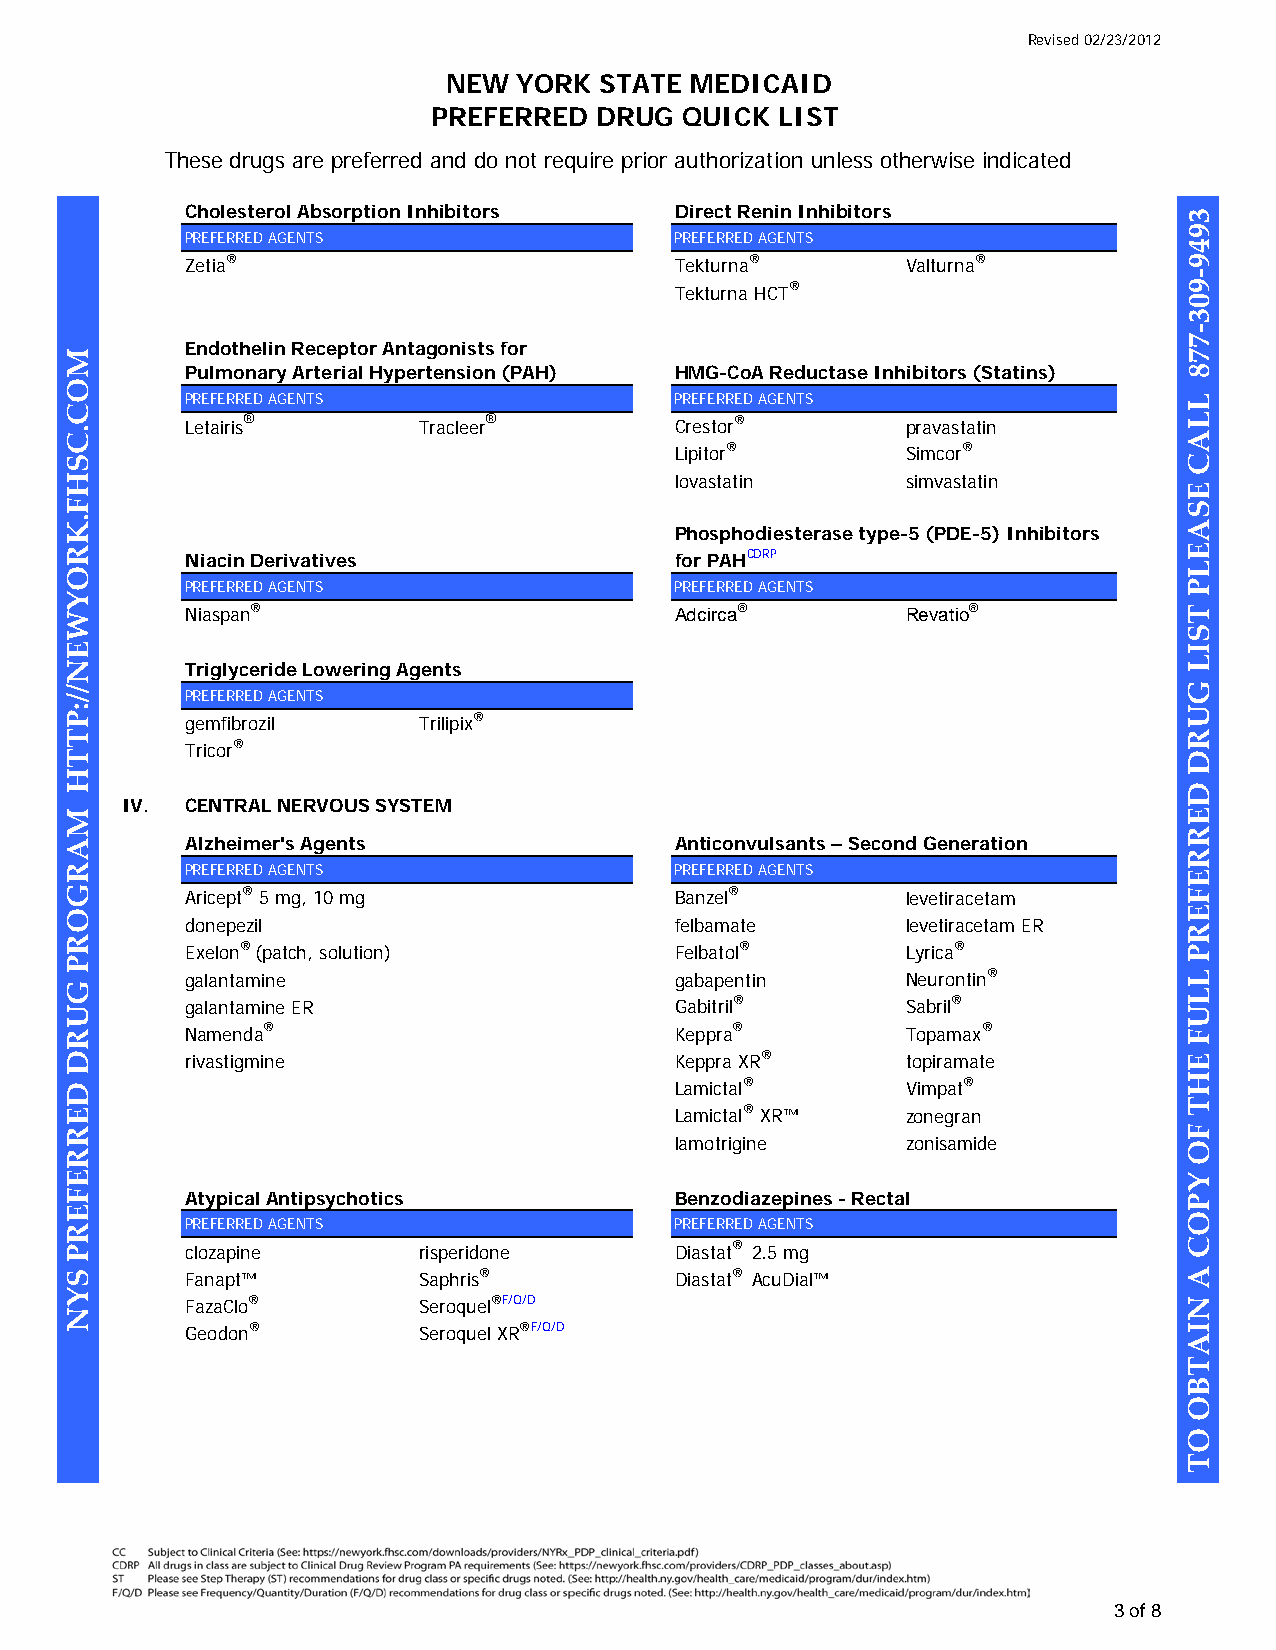
Revised 02/23/2012
 NEW  YORK STATE MEDICAID
 PREFERRED  DRUG  QUICK LIST
 These drugs are preferred and do not require prior authorization unless otherwise indicated
 Cholesterol Absorption Inhibitors Direct Renin Inhibitors
 PREFERRED AGENTS                PREFERRED AGENTS
 Zetia®                          Tekturna®       Valturna®
 Tekturna HCT®
 Endothelin Receptor Antagonists for
 Pulmonary Arterial Hypertension (PAH) HMG-CoA Reductase Inhibitors (Statins)
 PREFERRED AGENTS                PREFERRED AGENTS
 Letairis®      Tracleer®        Crestor®        pravastatin
 Lipitor®        Simcor®
 lovastatin      simvastatin
 Phosphodiesterase type-5 (PDE-5) Inhibitors
 Niacin Derivatives              for PAHCDRP
 PREFERRED AGENTS                PREFERRED AGENTS
 Niaspan®                        Adcirca®        Revatio®
 Triglyceride Lowering Agents
 PREFERRED AGENTS
 gemfibrozil    Trilipix®
 Tricor®
 IV. CENTRAL NERVOUS SYSTEM
 Alzheimer's Agents              Anticonvulsants – Second Generation
 PREFERRED AGENTS                PREFERRED AGENTS
 Aricept® 5 mg, 10 mg            Banzel®         levetiracetam
 donepezil                       felbamate       levetiracetam ER
 Exelon® (patch, solution)       Felbatol®       Lyrica®
 galantamine                     gabapentin      Neurontin®
 galantamine ER                  Gabitril®       Sabril®
 Namenda®                        Keppra®         Topamax®
 rivastigmine                    Keppra XR®      topiramate
 Lamictal®       Vimpat®
 Lamictal® XR™   zonegran
 lamotrigine     zonisamide
 Atypical Antipsychotics         Benzodiazepines - Rectal
 PREFERRED AGENTS                PREFERRED AGENTS
 clozapine      risperidone      Diastat® 2.5 mg
 Fanapt™        Saphris®         Diastat® AcuDial™
 FazaClo®       Seroquel®F/Q/D
 Geodon®        Seroquel XR®F/Q/D
 3 of 8
 MOC.CSHF.KROYWEN//:PTTH
 MARGORP
 GURD
 DERREFERP
 SYN
 3949-903-778
 LLAC
 ESAELP
 TSIL
 GURD
 DERREFERP
 LLUF
 EHT
 FO
 YPOC
 A
 NIATBO
 OT